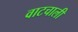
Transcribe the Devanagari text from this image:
वाटचाली